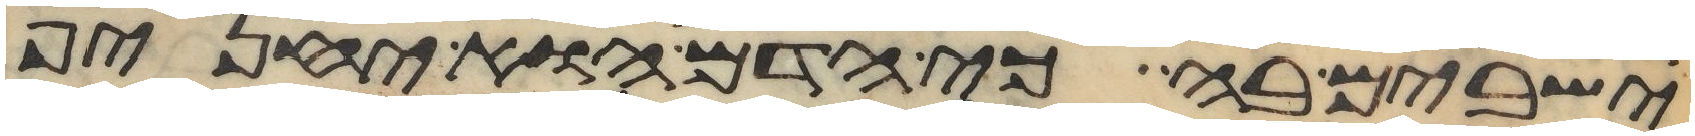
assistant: ישבים בה כי הדם הוא יחניף